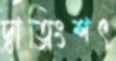
দ্বাত্রিংশৎ